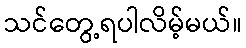
သင်တွေ့ရပါလိမ့်မယ်။